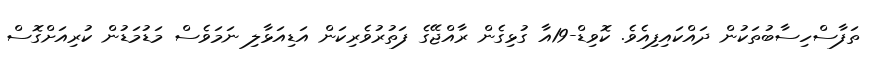
ތަފާސްހިސާބުތަކުން ދައްކައިފިއެވެ. ކޮވިޑް-19އާ ގުޅިގެން ރާއްޖޭގެ ފަތުރުވެރިކަން އަޑިއަޅާލި ނަމަވެސް މަޑުމަޑުން ކުރިއަށްގޮސް